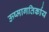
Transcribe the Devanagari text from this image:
ऊष्मागतिर्काय